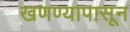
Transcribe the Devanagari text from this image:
खणण्यापासून